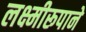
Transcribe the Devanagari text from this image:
लक्ष्मीरूपाने